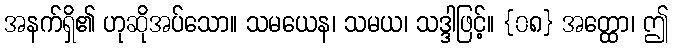
အနက်ရှိ၏ ဟုဆိုအပ်သော။ သမယေန၊ သမယ၊ သဒ္ဒါဖြင့်။ {၀၈} အတ္ထော၊ ဤ